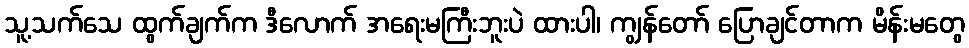
သူ့သက်သေ ထွက်ချက်က ဒီလောက် အရေးမကြီးဘူးပဲ ထားပါ၊ ကျွန်တော် ပြောချင်တာက မိန်းမတွေ